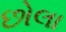
છોલા